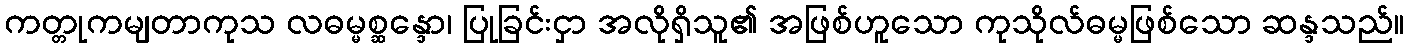
ကတ္တုကမျတာကုသ လဓမ္မစ္ဆန္ဒော၊ ပြုခြင်းငှာ အလိုရှိသူ၏ အဖြစ်ဟူသော ကုသိုလ်ဓမ္မဖြစ်သော ဆန္ဒသည်။